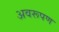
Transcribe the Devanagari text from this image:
अवरूपण